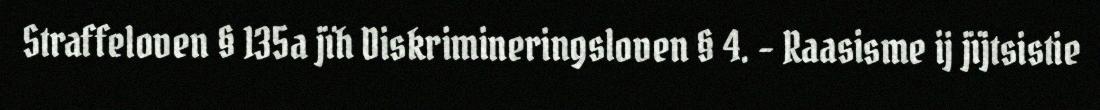
Straffeloven § 135a jïh Diskrimineringsloven § 4. - Raasisme ij jïjtsistie